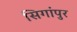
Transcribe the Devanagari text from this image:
सिगांपुर